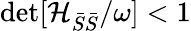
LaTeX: \operatorname*{det}[\mathcal{H}_{\bar{S}\bar{S}}/\omega]<1